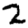
Digit: 2